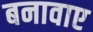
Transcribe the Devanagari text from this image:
बनावाए